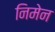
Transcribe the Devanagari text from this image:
निमेन